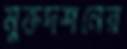
মুক্তদর্শনের